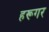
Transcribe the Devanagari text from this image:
हरूगर